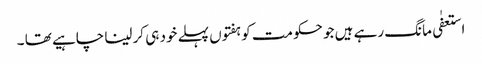
استعفٰی مانگ رہے ہیں جو حکومت کو ہفتوں پہلے خود ہی کر لینا چاہیے تھا ۔